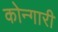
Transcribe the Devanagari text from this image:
कोन्गारी